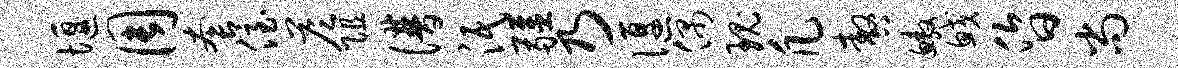
堰周套侄答阻谱泯疆乃偃偶瑰凡嗷鳌鲛昏尚